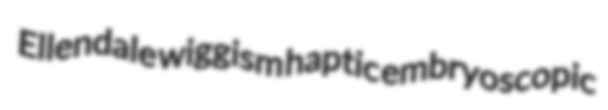
Ellendale wiggism haptic embryoscopic